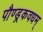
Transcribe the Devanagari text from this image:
पौण्ड्रकवधम्